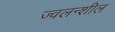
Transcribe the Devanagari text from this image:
ज्वलन्शील